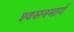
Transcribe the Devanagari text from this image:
श्‍वसनमार्ग